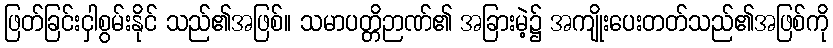
ဖြတ်ခြင်းငှါစွမ်းနိုင် သည်၏အဖြစ်။ သမာပတ္တိဉာဏ်၏ အခြားမဲ့၌ အကျိုးပေးတတ်သည်၏အဖြစ်ကို